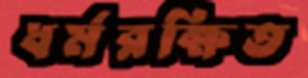
ধর্মরক্ষিত